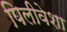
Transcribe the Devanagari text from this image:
पिलीवेशा